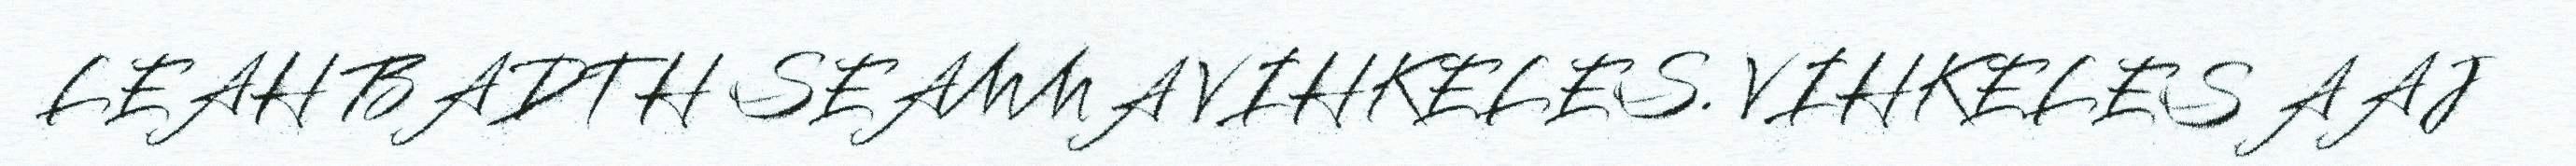
LEAH BADTH SEAMMA VIHKELES. VIHKELES AAJ